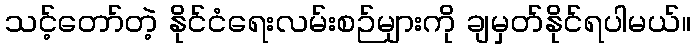
သင့်တော်တဲ့ နိုင်ငံရေးလမ်းစဉ်များကို ချမှတ်နိုင်ရပါမယ်။